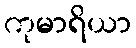
ကုမာရိယာ